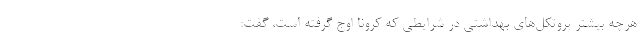
هرچه بیشتر پروتکل‌های بهداشتی در شرایطی که کرونا اوج گرفته است، گفت: